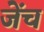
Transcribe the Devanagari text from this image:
जेंच